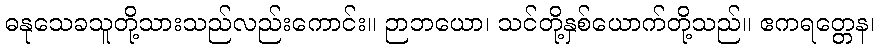
ဓနုသေခသူတို့သားသည်လည်းကောင်း။ ဉာဘယော၊ သင်တို့နှစ်ယောက်တို့သည်။ ဧကရတ္တေန၊